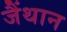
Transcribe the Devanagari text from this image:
जैंथान